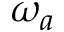
\omega _ { a }